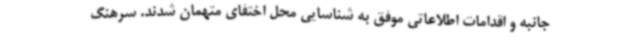
جانبه و اقدامات اطلاعاتی موفق به شناسایی محل اختفای متهمان شدند. سرهنگ